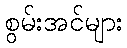
စွမ်းအင်များ